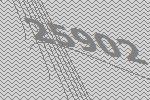
25902